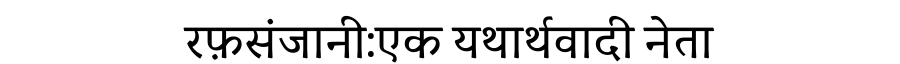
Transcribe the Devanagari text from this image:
रफ़संजानी:एक यथार्थवादी नेता